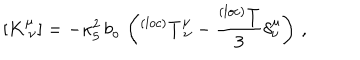
[ K _ { ~ \nu } ^ { \mu } ] = - \kappa _ { 5 } ^ { 2 } \, b _ { o } \, \left( ^ { ( l o c ) } T _ { ~ \nu } ^ { \mu } - \frac { ^ { ( l o c ) } T } { 3 } \delta _ { \nu } ^ { \mu } \right) \, ,